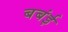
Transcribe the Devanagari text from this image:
बबंई